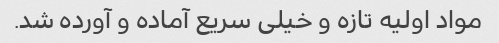
مواد اولیه تازه و خیلی سریع آماده و آورده شد.